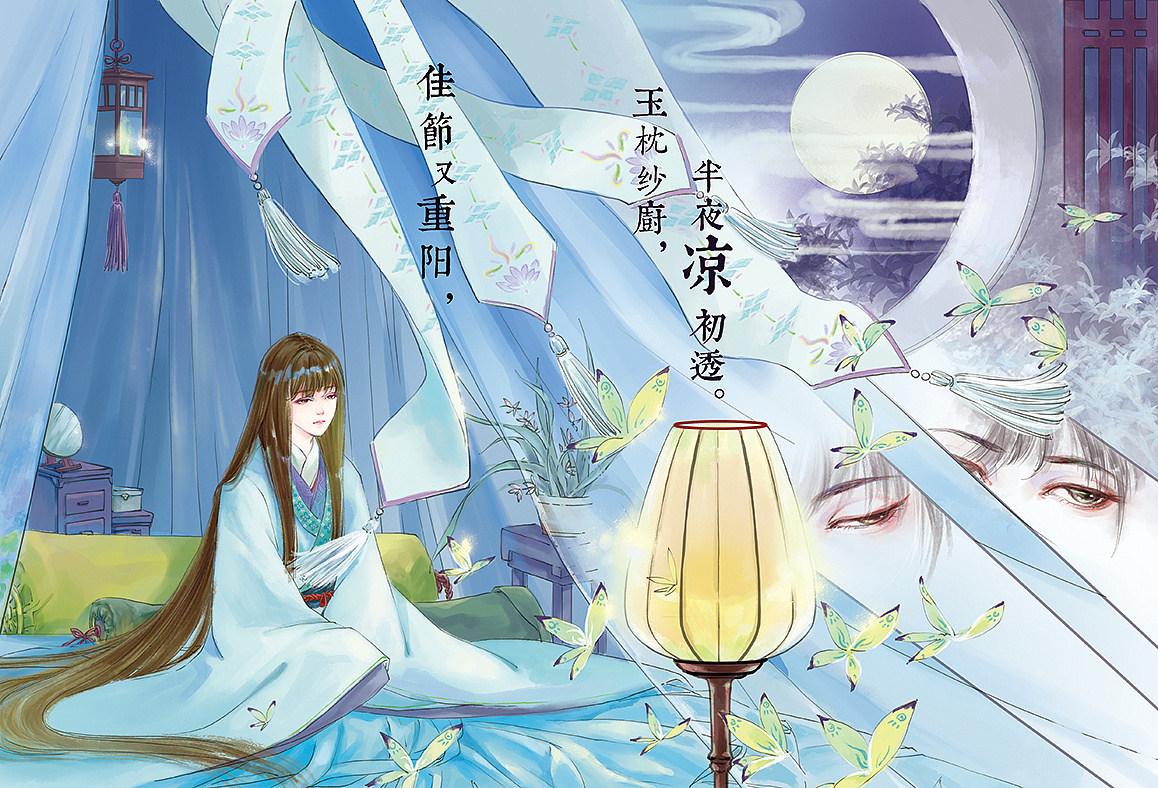
佳节又重阳，玉枕纱厨，半夜凉初透。